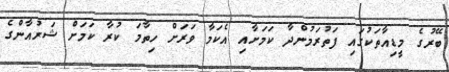
ބޭރުގެ މީޑިއާތަކުގައި ފަތުރަމުންދާ ކަމަށާއި އެކަމާ ވަރަށް ހިތާމަ ކުރާ ކަމަށް ޝަރުއާންގެ